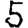
Digit: 5